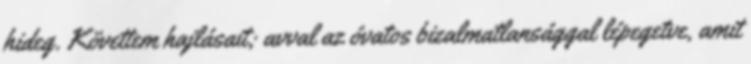
hideg. Követtem hajlásait; avval az óvatos bizalmatlansággal lépegetve, amit